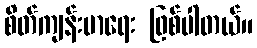
စိတ်ကျန်းမာရေး ဖြစ်ပါတယ်။